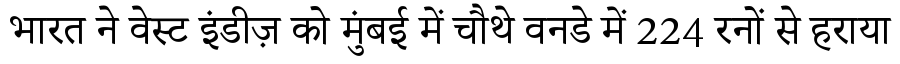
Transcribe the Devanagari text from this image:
भारत ने वेस्ट इंडीज़ को मुंबई में चौथे वनडे में 224 रनों से हराया